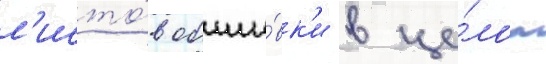
л'исто́в обши́вк'и в це́лом